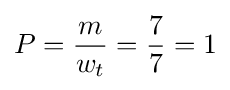
P={\frac {m}{w_{t}}}={\frac {7}{7}}=1